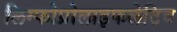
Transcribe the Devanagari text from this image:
लिम्फोप्रोलाइफलेटिव